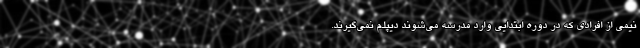
نیمی از افرادی که در دوره ابتدایی وارد مدرسه می‌شوند دیپلم نمی‌گیرند.